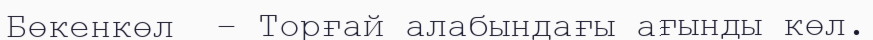
Бөкенкөл  – Торғай алабындағы ағынды көл.